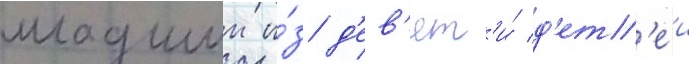
младшии и́з д'ев'ят'и́ д'ет'еи